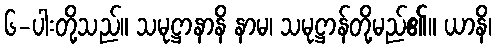
၆-ပါးတို့သည်။ သမုဋ္ဌာနာနိ နာမ၊ သမုဋ္ဌာန်တို့မည်၏။ ယာနိ၊